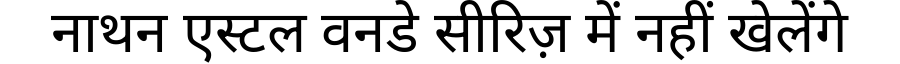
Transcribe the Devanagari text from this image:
नाथन एस्टल वनडे सीरिज़ में नहीं खेलेंगे